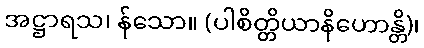
အဋ္ဌာရသ၊ န်သော။ (ပါစိတ္တိယာနိဟောန္တိ)၊